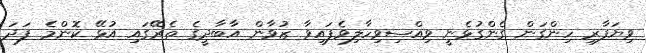
ވިޔަފާރި ހިންގަން ގެންގުޅެނީ ވިއްސިވިހާލިވެފައިވާ ޒުވާން އާބާދީގެ ތެރޭގައި އުޅޭ ކޮންމެ ފަދަ